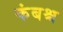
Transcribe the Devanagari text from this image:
कंबश्च